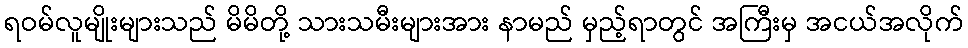
ရဝမ်လူမျိုးများသည် မိမိတို့ သားသမီးများအား နာမည် မှည့်ရာတွင် အကြီးမှ အငယ်အလိုက်